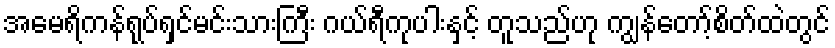
အမေရိကန်ရုပ်ရှင်မင်းသားကြီး ဂယ်ရီကုပါးနှင့် တူသည်ဟု ကျွန်တော့်စိတ်ထဲတွင်